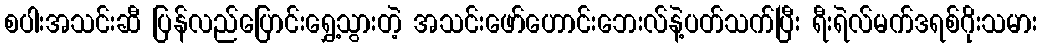
စပါးအသင်းဆီ ပြန်လည်ပြောင်းရွှေ့သွားတဲ့ အသင်းဖော်ဟောင်းဘေးလ်နဲ့ပတ်သက်ပြီး ရီးရဲလ်မက်ဒရစ်ဂိုးသမား